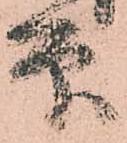
印